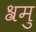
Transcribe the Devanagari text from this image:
श्रमु